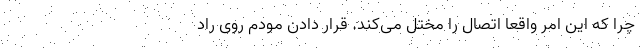
چرا که این امر واقعا اتصال را مختل می‌کند. قرار دادن مودم روی راد